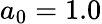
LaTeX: a_{0}=1.0